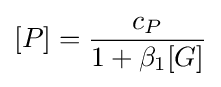
[P]={\frac {c_{P}}{1+\beta _{1}[G]}}